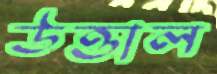
উত্তাল